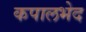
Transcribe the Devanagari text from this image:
कपालभेद